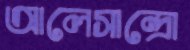
আলেসান্দ্রো